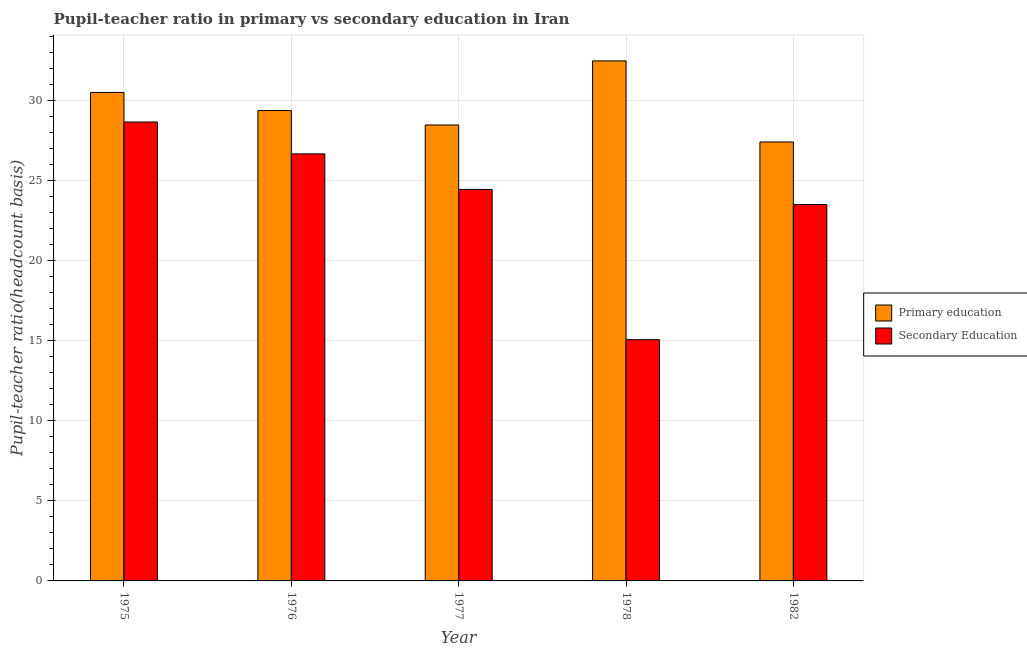
| Year | Primary education | Secondary Education |
 | --- | --- | --- |
 | 1975 | 30.5 | 28.7 |
 | 1976 | 29.4 | 26.7 |
 | 1977 | 28.5 | 24.5 |
 | 1978 | 32.5 | 15.1 |
 | 1982 | 27.4 | 23.5 |